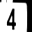
Digit: 4